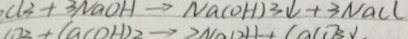
C l _ { 3 } + 3 N a O H \rightarrow N a ( O H ) _ { 3 } \downarrow + 3 N a C l